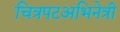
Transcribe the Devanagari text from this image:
चित्रपटअभिनेत्री